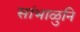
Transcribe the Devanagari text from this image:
सांभाळुनि